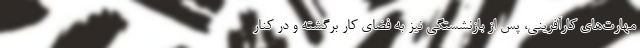
مهارت‌های کارآفرینی، پس از بازنشستگی نیز به فضای کار برگشته و در کنار